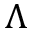
\Lambda